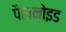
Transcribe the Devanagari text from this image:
पैरानोइड